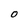
Character: O